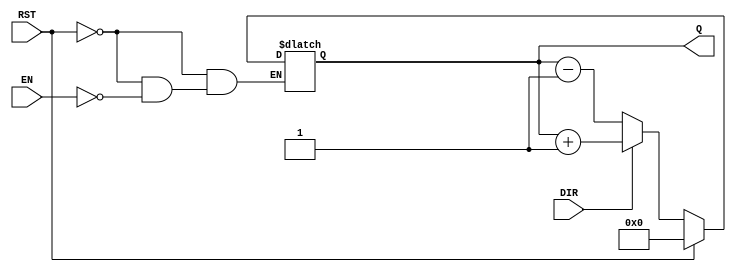
module async_counter #(
    parameter WIDTH = 4 // Default width is 4 bits, can be configured from 3 to 8
)(
    input wire EN,        // Enable signal
    input wire DIR,       // Count direction (1 for up, 0 for down)
    input wire RST,       // Asynchronous reset
    output reg [WIDTH-1:0] Q // Count value output
);

    // Asynchronous reset and counting logic
    always @(*) begin
        if (RST) begin
            Q = 0; // Reset count to 0
        end else if (EN) begin
            if (DIR) begin
                Q = Q + 1; // Count up
            end else begin
                Q = Q - 1; // Count down
            end
        end
    end

endmodule